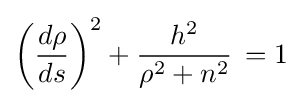
\left({\frac {d\rho }{ds}}\right)^{2}+{\frac {h^{2}}{\rho ^{2}+n^{2}}}\,=1